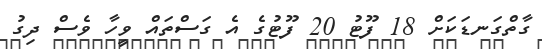
ގާތްގަނޑަކަށް 18 ފޫޓު 20 ފޫޓުގެ އެ ގަސްތައް ވީހާ ވެސް ދިގު